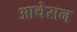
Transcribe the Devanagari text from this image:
आचेसन